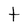
Character: t